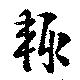
輙